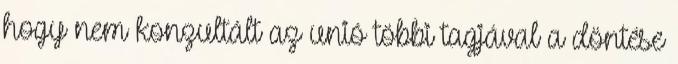
hogy nem konzultált az unió többi tagjával a döntése